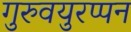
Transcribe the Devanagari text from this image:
गुरुवयुरप्पन